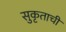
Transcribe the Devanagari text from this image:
सुकृताची